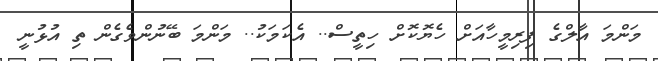
މަންމަ އާލްގެ ފިރިމީހާއަށް ހެޔޮކޮށް ހިތީސް.. އެކަމަކު.. މަންމަ ބޭނުންވެގެން ތި އުޅުނީ